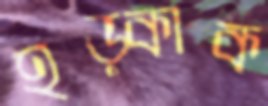
হড়্‌কাক